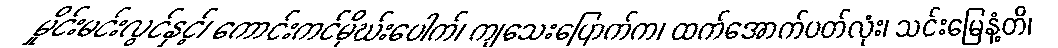
မှိုင်းမင်းလွင်နှင့်၊ ကောင်းကင်မိုဃ်းပေါက်၊ ကျသေးပြောက်က၊ ထက်အောက်ပတ်လုံး၊ သင်းမြေနံ့တိ၊